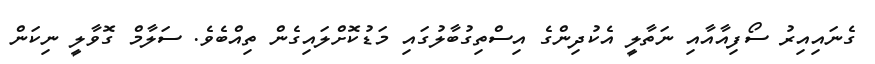
ގެނައިއިރު ސޯފިއާއާއި ނަތާލީ އެކުދިންގެ އިސްތިގުބާލުގައި މަޑުކޮށްލައިގެން ތިއްބެވެ. ސަލާމް ގޮވާލީ ނިކަން